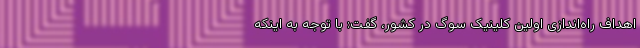
اهداف راه‌اندازی اولین کلینیک سوگ در کشور، گفت: با توجه به اینکه